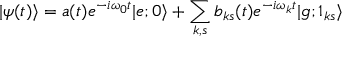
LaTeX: | \psi ( t ) \rangle = a ( t ) e ^ { - i \omega _ { 0 } t } | e ; 0 \rangle + \sum _ { k , s } b _ { k s } ( t ) e ^ { - i \omega _ { k } t } | g ; 1 _ { k s } \rangle